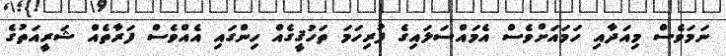
ނަމަވެސް މިއަދާއި ހަމައަށްވެސް އެމައްސަލައިގެ ފުރިހަމަ ތަހުޤީގެއް ހިންގައި އެއްވެސް ފަރާތެއް ޝަރީއަތުގެ